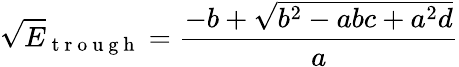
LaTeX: \sqrt{E}_{\mathrm{~t~r~o~u~g~h~}}=\frac{-b+\sqrt{b^{2}-abc+a^{2}d}}{a}